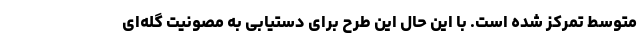
متوسط تمرکز شده است. با این حال این طرح برای دستیابی به مصونیت گله‌ای